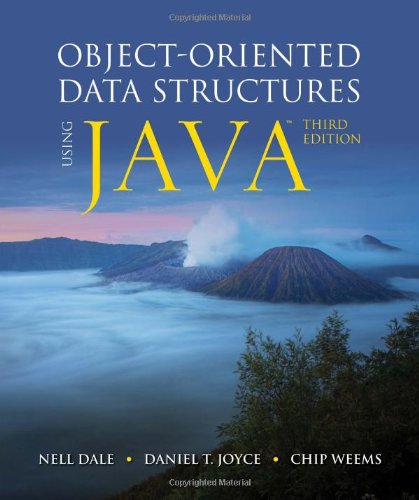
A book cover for Object-Oriented Data Structures Using Java; Nell Dale; Computers & Technology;